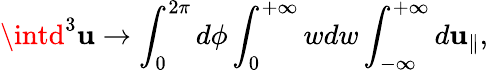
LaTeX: \intd^{3}\mathbf{u}\rightarrow\int_{0}^{2\pi}d\phi\int_{0}^{+\infty}wdw\int_{-\infty}^{+\infty}d\mathbf{u}_{\parallel},